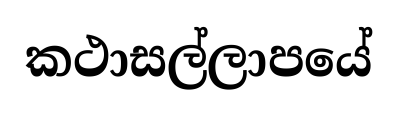
කථාසල්ලාපයේ